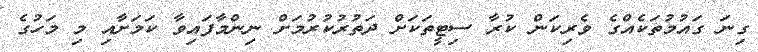
ގިނަ ގައުމުތަކެއްގެ ވެރިކަން ކުރާ ސިޓީތަކަށް ދަތުރުކުރުމަށް ނިންމާފައިވާ ކަމަށާއި މި މަހުގެ